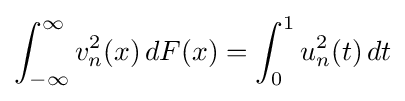
\int _{-\infty }^{\infty }v_{n}^{2}(x)\,dF(x)=\int _{0}^{1}u_{n}^{2}(t)\,dt